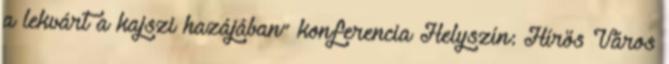
a lekvárt a kajszi hazájában” konferencia Helyszín: Hírös Város